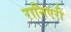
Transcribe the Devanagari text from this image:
रानिएरी